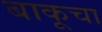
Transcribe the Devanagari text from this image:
बाकूचा